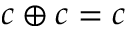
c \oplus c = c